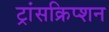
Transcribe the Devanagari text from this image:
ट्रांसक्रिप्‍शन